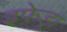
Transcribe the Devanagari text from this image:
इफेड्रा